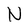
Character: N